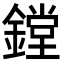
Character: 鏜